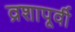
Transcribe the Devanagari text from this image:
व्रशापूर्वी